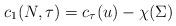
LaTeX: \begin{align*}c_1(N,\tau) = c_\tau(u) - \chi(\Sigma)\end{align*}